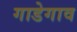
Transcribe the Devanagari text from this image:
गाडेगाव